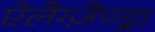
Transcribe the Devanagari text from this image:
ऐलैग्ज़ैण्ड्रा